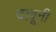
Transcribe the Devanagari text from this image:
दावूनी